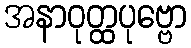
အနာဝုတ္ထပုဗ္ဗော